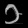
Digit: ၁